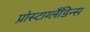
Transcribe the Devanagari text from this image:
प्रोस्टाग्लैंडिन्स